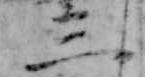
三